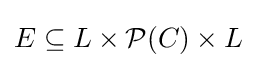
E\subseteq L\times {\mathcal {P}}(C)\times L